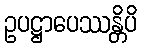
ဥပဋ္ဌာပေဿန္တိပိ